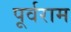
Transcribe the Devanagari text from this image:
पूर्वराम